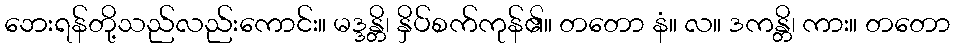
ဘေးရန်တို့သည်လည်းကောင်း။ မဒ္ဒန္တိ၊ နှိပ်စက်ကုန်၏။ တတော နံ။ လ။ ဒကန္တိ၊ ကား။ တတော